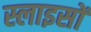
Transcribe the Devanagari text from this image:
स्लाइसों